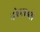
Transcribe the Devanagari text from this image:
दोहराओ।